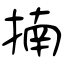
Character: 揇